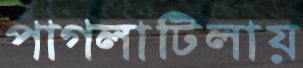
পাগলাটিলায়